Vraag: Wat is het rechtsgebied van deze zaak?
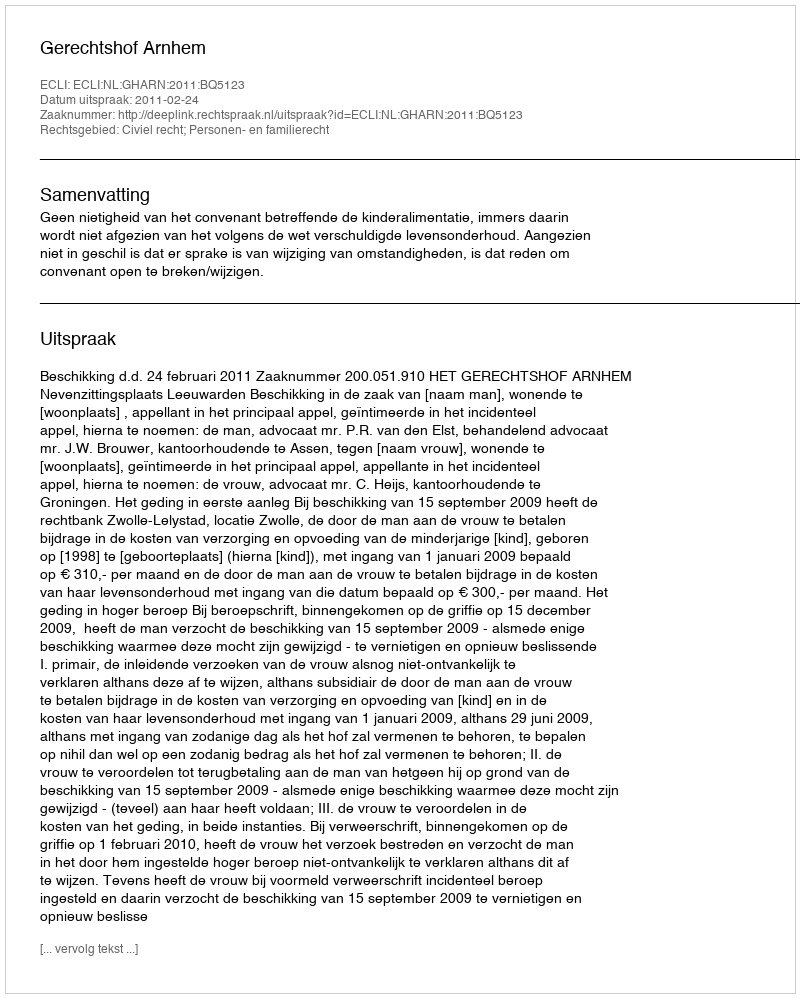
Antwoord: Civiel recht; Personen- en familierecht